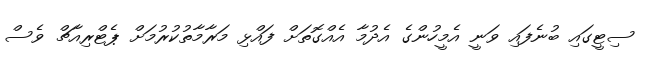
ސިޓީގައި ބުނެފައި ވަނީ އެމީހުންގެ އެދުމާ އެއްގޮތަށް ފައްޅި މަރާމާތުކުރުމަށް ޕެޓްރިއާޗް ވެސް